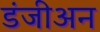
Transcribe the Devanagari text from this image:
डंजीअन